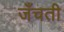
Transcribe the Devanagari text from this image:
जँचती